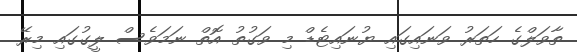
ތާވަލްގެ ހަތަރު ވަނައިގައި ޔުނައިޓެޑް މި ވަގުުތު އޮތް ނަމަވެސް ލީގުގައި މިރޭ